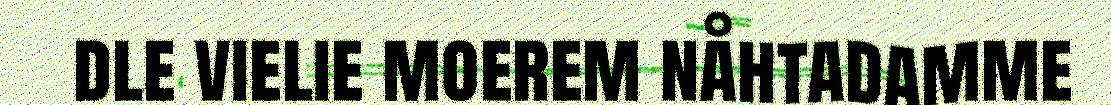
dle vielie moerem nåhtadamme